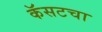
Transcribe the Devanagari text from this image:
कॅसटचा